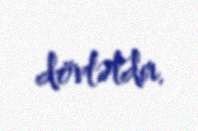
dövlətdir.